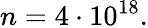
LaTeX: n=4\cdot 10^{18}.